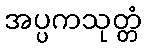
အပ္ပကသုတ္တံ